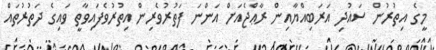
މީގެ އިތުރުން ސައުދި އަރަބިއްޔާއިން ރާޢްޖެއަށް އަންނަ ފަތުރުވެރިން އިތުރުވެފައިވާތީ ވައިގެ ދަތުރުތައް